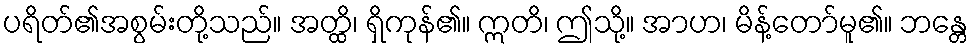
ပရိတ်၏အစွမ်းတို့သည်။ အတ္ထိ၊ ရှိကုန်၏။ ဣတိ၊ ဤသို့။ အာဟ၊ မိန့်တော်မူ၏။ ဘန္တေ